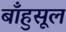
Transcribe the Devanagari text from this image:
बाँहुसूल